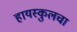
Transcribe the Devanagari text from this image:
हायस्कुलचा